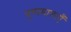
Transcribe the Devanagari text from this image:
पुष्पमालाएँ